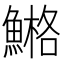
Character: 𩹿